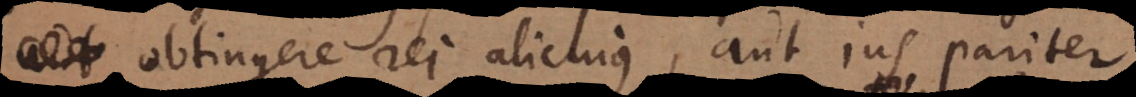
obtingere rei alicujus, aut jus pariter